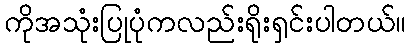
ကိုအသုံးပြုပုံကလည်းရိုးရှင်းပါတယ်။